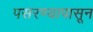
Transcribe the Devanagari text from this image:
पसरण्यापासून